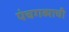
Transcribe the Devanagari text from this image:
पंचगव्याची